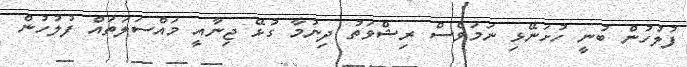
ފުލުހުން ބުނީ ހުށަނޭޅި ނަމަވެސް ރިޝްވަތު ދިނުމާ ގުޅޭ ޖިނާއީ މައްސަލަތައް ފުލުހުން